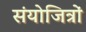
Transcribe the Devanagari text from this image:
संयोजित्रों